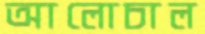
আলোচাল